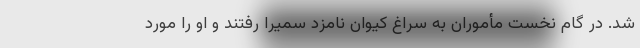
شد. در گام نخست مأموران به سراغ کیوان نامزد سمیرا رفتند و او را مورد